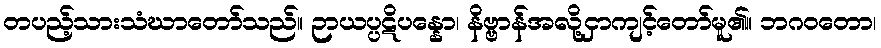
တပည့်သားသံဃာတော်သည်။ ဉာယပ္ပဋိပန္နော၊ နိဗ္ဗာန်အလို့ငှာကျင့်တော်မူ၏။ ဘဂဝတော၊